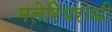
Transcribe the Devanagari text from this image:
मलेरियरोधी